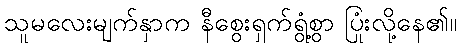
သူမလေးမျက်နှာက နီစွေးရှက်ရွံ့စွာ ပြုံးလို့နေ၏။